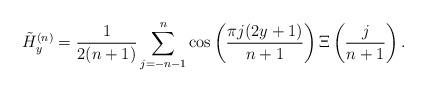
LaTeX: \begin{align*}\tilde H_y^{(n)}=\frac{ 1}{2(n+1)}\sum_{j=-n-1}^n\cos\left(\frac{\pi j(2y+1)}{n+1}\right) \Xi\left(\frac{ j}{n+1}\right).\end{align*}